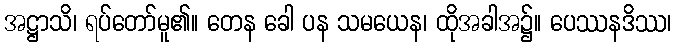
အဋ္ဌာသိ၊ ရပ်တော်မူ၏။ တေန ခေါ ပန သမယေန၊ ထိုအခါအ၌။ ပေဿနဒိဿ၊